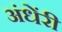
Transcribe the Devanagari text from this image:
अंधेंरी